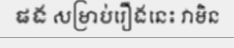
ផង សម្រាប់រឿងនេះ វាមិន